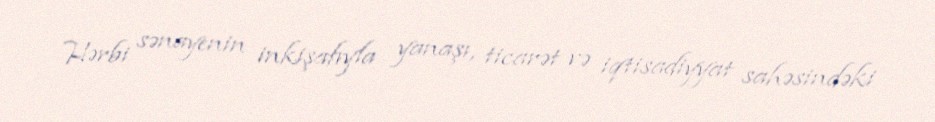
Hərbi sənayenin inkişafıyla yanaşı, ticarət və iqtisadiyyat sahəsindəki